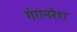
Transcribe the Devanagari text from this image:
गंगनरेश